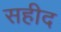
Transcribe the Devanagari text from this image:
सहीद